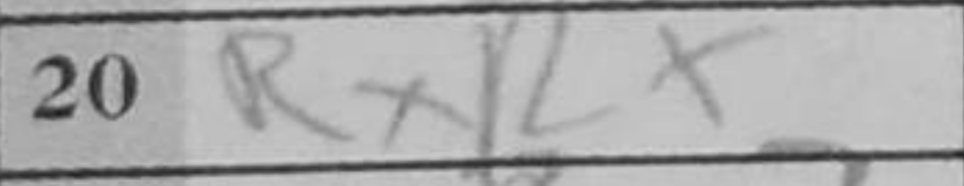
Transcription: RxR+